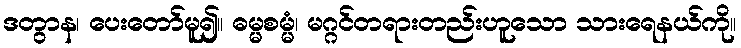
ဒတွာန၊ ပေးတော်မူ၍။ ဓမ္မစမ္မံ၊ မဂ္ဂင်တရားတည်းဟူသော သားရေနယ်ကို။